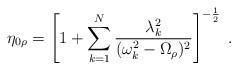
\begin{align*}\eta_{0\rho}=\left[1+\sum_{k=1}^N\frac{\lambda_k^2}{(\omega_k^2-\Omega_\rho)^2}\right]^{-\frac{1}{2}}\;.\end{align*}